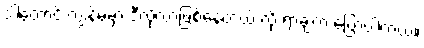
ဒါတောင် ကျွန်မမှာ ဒီလိုလာဖြစ်နေတယ် လို့ ရာ့ချ်က ပြောပါတယ်။